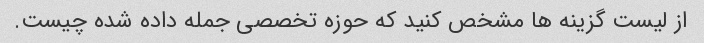
از لیست گزینه ها مشخص کنید که حوزه تخصصی جمله داده شده چیست.